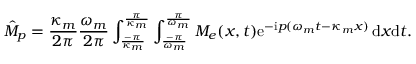
\hat { M } _ { p } = \frac { \kappa _ { m } } { 2 \pi } \frac { \omega _ { m } } { 2 \pi } \int _ { \frac { - \pi } { \kappa _ { m } } } ^ { \frac { \pi } { \kappa _ { m } } } \int _ { \frac { - \pi } { \omega _ { m } } } ^ { \frac { \pi } { \omega _ { m } } } M _ { e } ( x , t ) \mathrm { e } ^ { - \mathrm { i } p ( \omega _ { m } t - \kappa _ { m } x ) } \, \mathrm { d } x \mathrm { d } t .